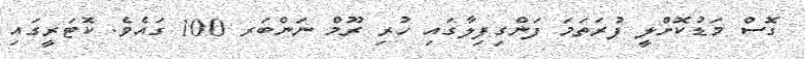
ގޮސް މަޑުކޮށްލީ ފުރަތަމަ ފަންގިފިލާގައި ހުރި ރޫމް ނަންބަރ 100 ގައެވެ. ކޮޓަރީގައި